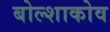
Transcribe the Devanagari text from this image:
बोल्शाकोव